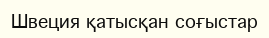
Швеция қатысқан соғыстар